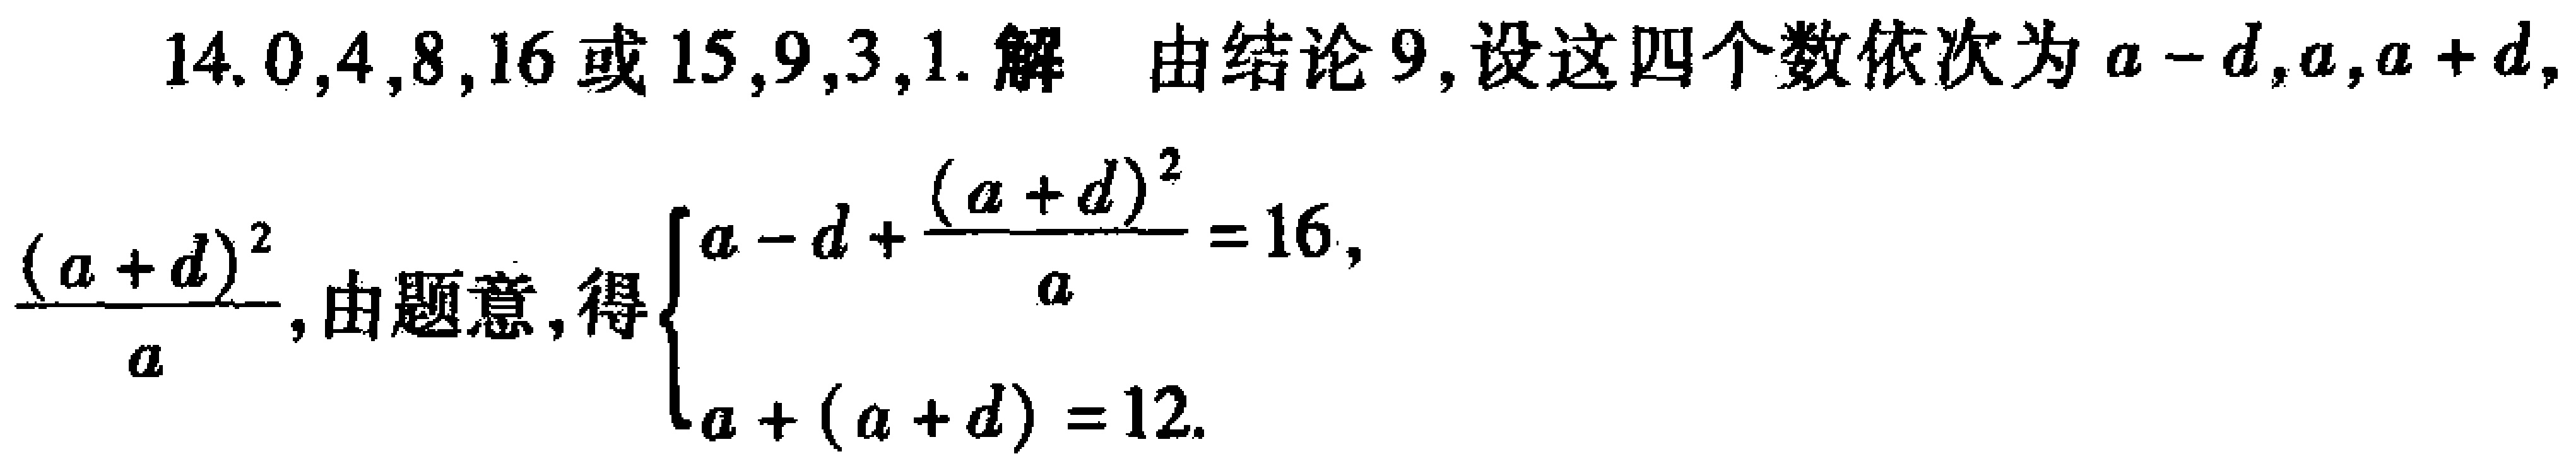
14. \(0,4,8,16\)或\(15,9,3,1\). 解 由结论9, 设这四个数依次为\(a - d,a,a + d,\frac{(a + d)^2}{a}\), 由题意, 得\(\begin{cases}a - d+\frac{(a + d)^2}{a}=16,\\a+(a + d)=12.\end{cases}\)